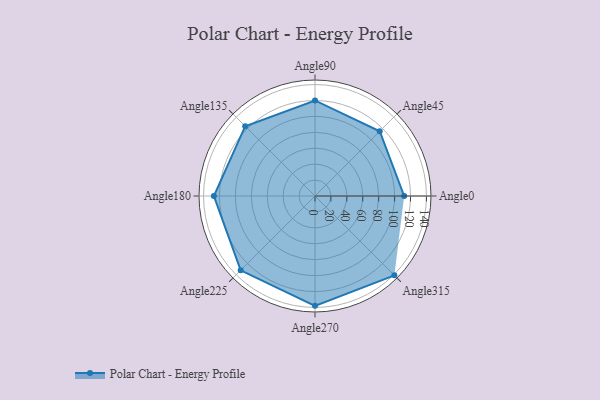
{"axis": {"x": "Angle", "y": "Radius"}, "legend": [""], "data": [{"x": "Angle0", "y": 112.0, "type": ""}, {"x": "Angle45", "y": 115.0, "type": ""}, {"x": "Angle90", "y": 120.0, "type": ""}, {"x": "Angle135", "y": 124.0, "type": ""}, {"x": "Angle180", "y": 127.0, "type": ""}, {"x": "Angle225", "y": 132.0, "type": ""}, {"x": "Angle270", "y": 138.0, "type": ""}, {"x": "Angle315", "y": 141.0, "type": ""}]}